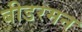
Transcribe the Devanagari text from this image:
बीडरमन